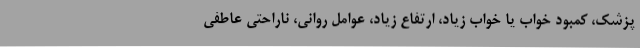
پزشک، کمبود خواب یا خواب زیاد، ارتفاع زیاد، عوامل روانی، ناراحتی عاطفی